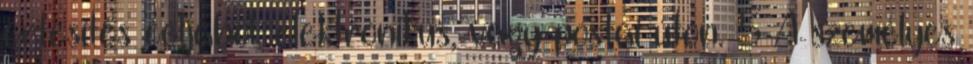
értesítés céljából, elektronikus, vagy postai úton. 5 A személyes